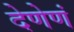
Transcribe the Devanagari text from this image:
देणेणं